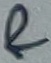
Text: &